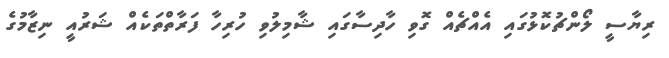
ރިޔާސީ ލޯންޗުކޮޅުގައި އެއްޗެއް ގޮވި ހާދިސާގައި ޝާމިލުވި ހުރިހާ ފަރާތްތަކެއް ޝަރުއީ ނިޒާމުގެ